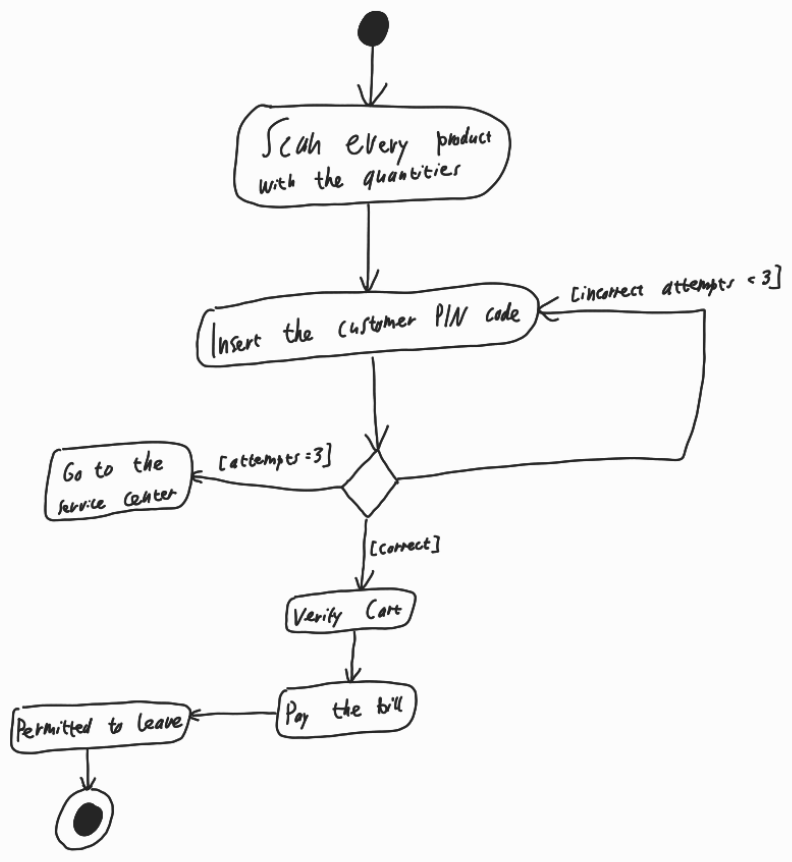
Diagram type: activity_diagram
@startuml

start

:Scan every product with the quantities;

repeat:Insert the customer PIN code;

  if () then ([correct])
    :Verify Cart;
    :Pay the bill;
    :Permitted to leave;
    stop
  elseif () then ([attempts = 3])
    :Go to the Service Center;
    detach
  else ([incorrect attempts < 3])
  endif
repeat while

@enduml